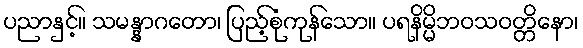
ပညာနှင့်။ သမန္နာဂတော၊ ပြည့်စုံကုန်သော။ ပရနိမ္မိဘဝသဝတ္တိနော၊